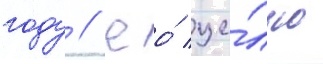
году // Ео́ це́лью